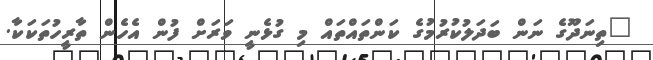
"ތިނަދޫގެ ނަން ބަދަލުކުރުމުގެ ކަންތައްތައް މި ގުޅެނީ ވަރަށް ފުން އެހެން ތާރީހުތަކަކާ.